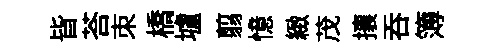
𣅜荅朿橋壚翦憶緻茂攘呑簿